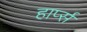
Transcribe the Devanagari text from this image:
हार्प्स